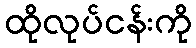
ထိုလုပ်ငန်းကို